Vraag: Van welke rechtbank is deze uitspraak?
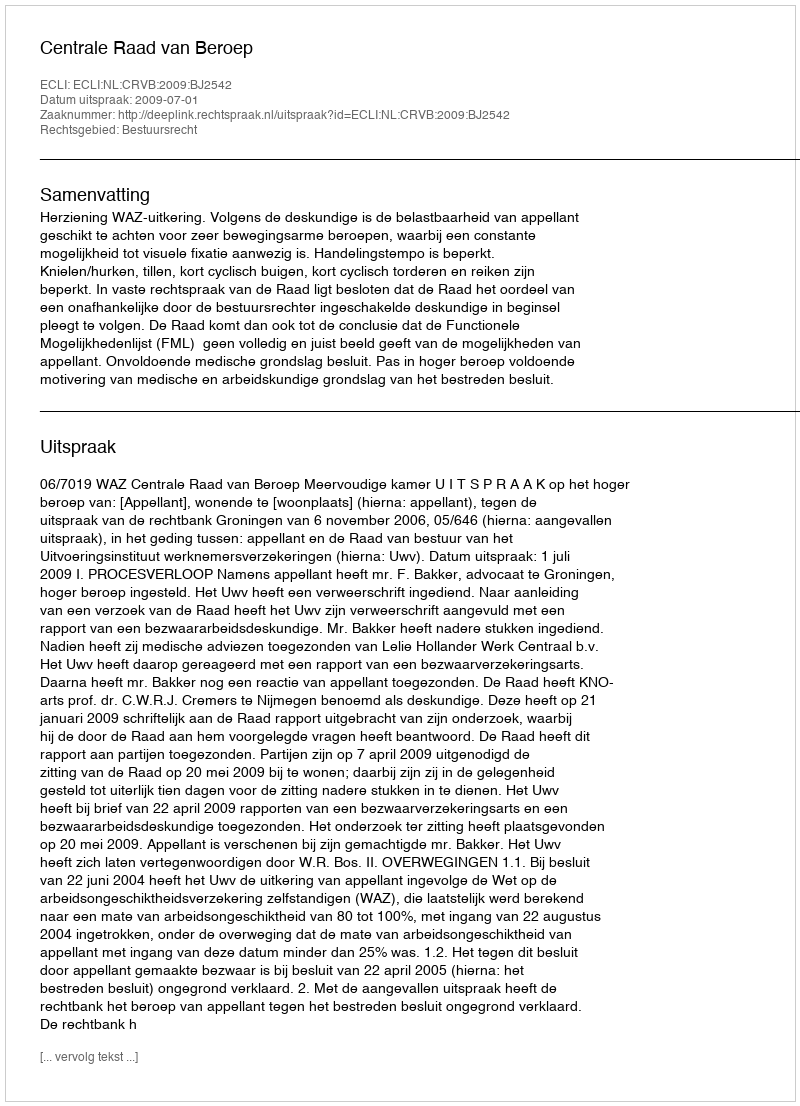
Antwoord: Centrale Raad van Beroep